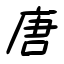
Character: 唐